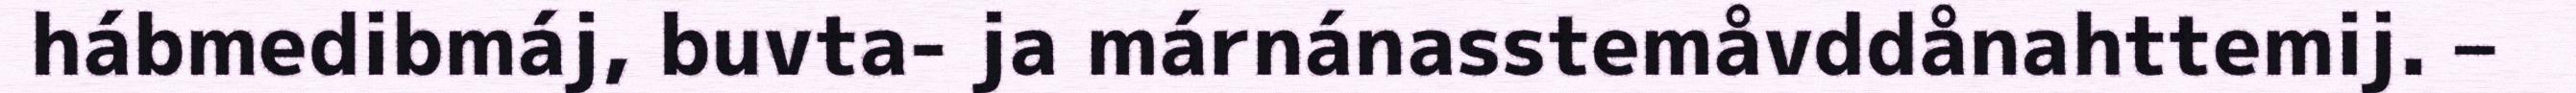
hábmedibmáj, buvta- ja márnánasstemåvddånahttemij. –